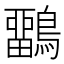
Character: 𪅳